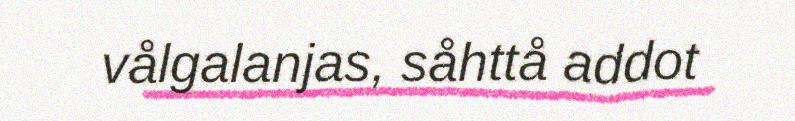
vålgalanjas, såhttå addot